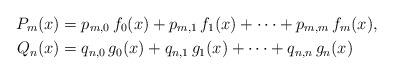
LaTeX: \begin{align*}P_m(x)&=p_{m,0}\,f_0(x)+p_{m,1}\,f_1(x)+\cdots+p_{m,m}\,f_m(x),\\Q_n(x)&=q_{n,0}\,g_0(x)+q_{n,1}\,g_1(x)+\cdots+q_{n,n}\,g_n(x)\end{align*}